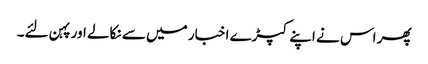
پھر اس نے اپنے کپڑے اخبار میں سے نکالے اور پہن لئے۔